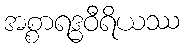
အစ္စာရဒ္ဓဝီရိယဿ